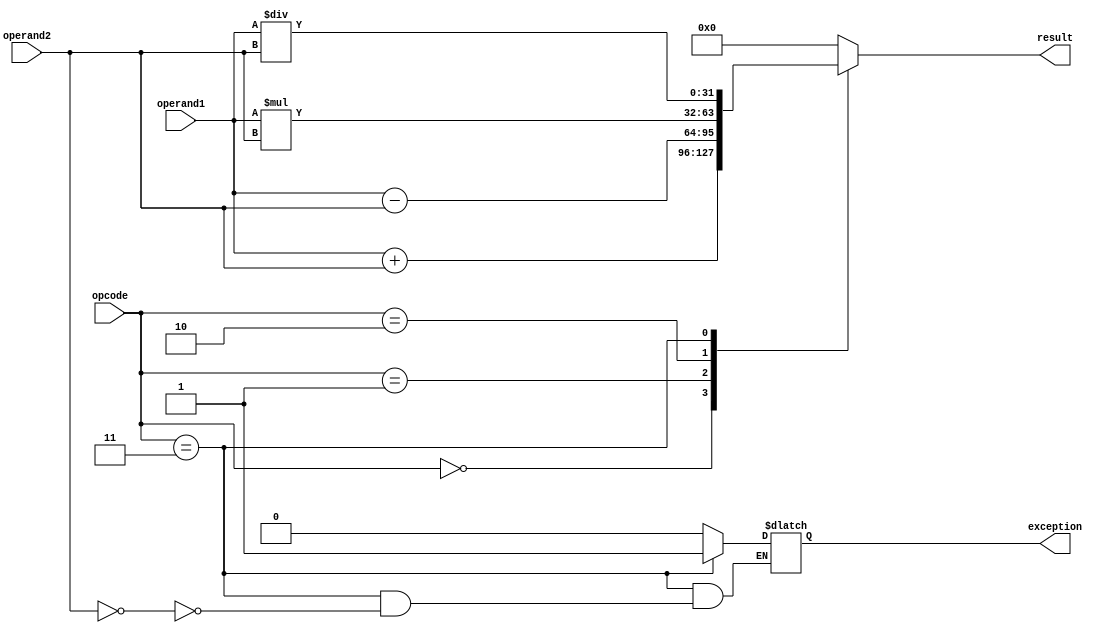
module FloatingPointALU(
    input wire [31:0] operand1,
    input wire [31:0] operand2,
    input wire [2:0] opcode,
    output wire [31:0] result,
    output wire exception
);

reg [31:0] result_reg;
reg exception_reg;

always @(*) begin
    case(opcode)
        3'b000: result_reg = operand1 + operand2; // Addition
        3'b001: result_reg = operand1 - operand2; // Subtraction
        3'b010: result_reg = operand1 * operand2; // Multiplication
        3'b011: result_reg = operand1 / operand2; // Division
        default: result_reg = 32'b0; // Default to 0
    endcase
end

always @(*) begin
    case(opcode)
        3'b000: exception_reg = 1'b0; // Clear exception for addition
        3'b001: exception_reg = 1'b0; // Clear exception for subtraction
        3'b010: exception_reg = 1'b0; // Clear exception for multiplication
        3'b011: if(operand2 == 32'b0) exception_reg = 1'b1; // Set exception for division by zero
        default: exception_reg = 1'b0; // Default to no exception
    endcase
end

assign result = result_reg;
assign exception = exception_reg;

endmodule